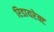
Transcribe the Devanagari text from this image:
रिडायरेक्ट